Civil Veterinary Dept. North-West Frontier Province 1901-22 - 1901-1922
Year: 1901
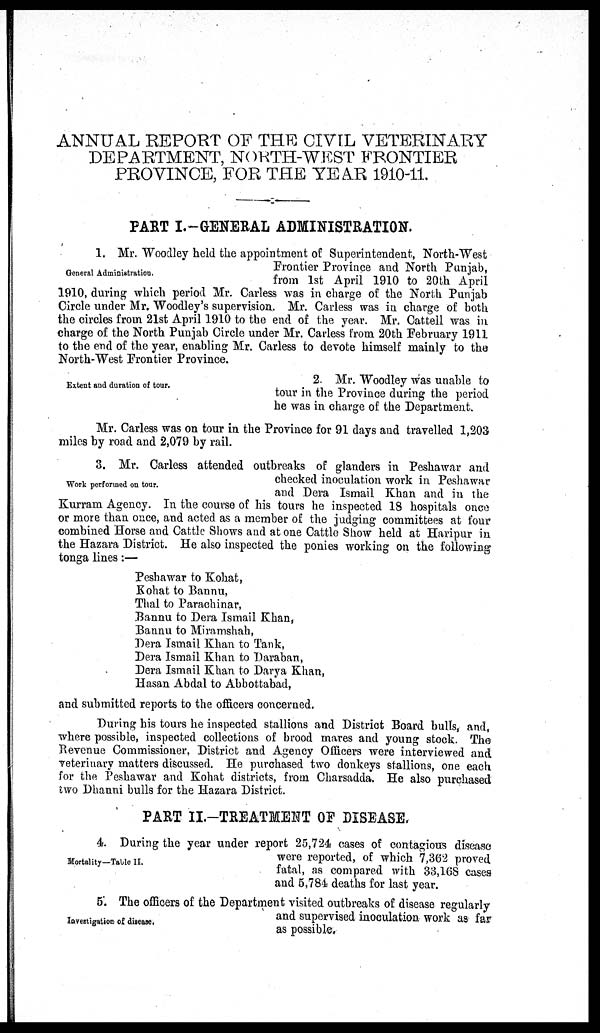
ANNUAL REPORT OF THE CIVIL VETERINARY
DEPARTMENT, NORTH-WEST FRONTIER
PROVINCE, FOR THE YEAR 1910-11.
PART I.-GENERAL ADMINISTRATION.
General Administration.
1. Mr. Woodley held the appointment of Superintendent, North-West
Frontier Province and North Punjab,
from 1st April 1910 to 20th April
1910, during which period Mr. Carless was in charge of the North Punjab
Circle under Mr. Woodley's supervision. Mr. Carless was in charge of both
the circles from 21st April 1910 to the end of the year. Mr. Cattell was in
charge of the North Punjab Circle under Mr. Carless from 20th February 1911
to the end of the year, enabling Mr. Carless to devote himself mainly to the
North-West Frontier Province.
Extent and duration of tour.
2. Mr. Woodley was unable to
tour in the Province during the period
he was in charge of the Department.
Mr. Carless was on tour in the Province for 91 days and travelled 1,203
miles by road and 2,079 by rail.
Work performed on tour.
3. Mr. Carless attended outbreaks of glanders in Peshawar and
checked inoculation work in Peshawar
and Dera Ismail Khan and in the
Kurram Agency. In the course of his tours he inspected 18 hospitals once
or more than once, and acted as a member of the judging committees at four
combined Horse and Cattle Shows and at one Cattle Show held at Haripur in
the Hazara District. He also inspected the ponies working on the following
tonga lines:—
Peshawar to Kohat,
Kohat to Bannu,
Thal to Parachinar,
Bannu to Dera Ismail Khan,
Bannu to Miramshah,
Dera Ismail Khan to Tank,
Dera Ismail Khan to Daraban,
Dera Ismail Khan to Darya Khan,
Hasan Abdal to Abbottabad,
and submitted reports to the officers concerned.
During his tours he inspected stallions and District Board bulls, and,
where possible, inspected collections of brood mares and young stock. The
Revenue Commissioner, District and Agency Officers were interviewed and
veterinary matters discussed. He purchased two donkeys stallions, one each
for the Peshawar and Kohat districts, from Charsadda. He also purchased
two Dhanni bulls for the Hazara District.
PART II.-TREATMENT OF DISEASE.
Mortality—Table II.
4. During the year under report 25,724 cases of contagious disease
were reported, of which 7,362 proved
fatal, as compared with 33,168 cases
and 5,784 deaths for last year.
Investigation of disease.
5. The officers of the Department visited outbreaks of disease regularly
and supervised inoculation work as far
as possible.